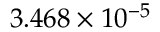
3 . 4 6 8 \times 1 0 ^ { - 5 }